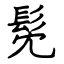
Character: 髧